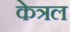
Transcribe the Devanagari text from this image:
केत्रल